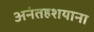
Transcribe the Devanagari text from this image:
अनंतहशयाना